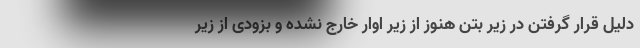
دلیل قرار گرفتن در زیر بتن هنوز از زیر اوار خارج نشده و بزودی از زیر